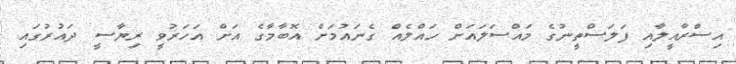
އިސްރާއީލާއި ފަލަސްތީނުގެ މައްސަލައަށް ހައްލެއް ގެނައުމަށް އޮބާމާގެ އަށް އަހަރުވީ ރިޔާސީ ދައުރުގައި